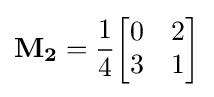
\mathbf {M_{2}} ={\frac {1}{4}}{\begin{bmatrix}0&2\\3&1\\\end{bmatrix}}